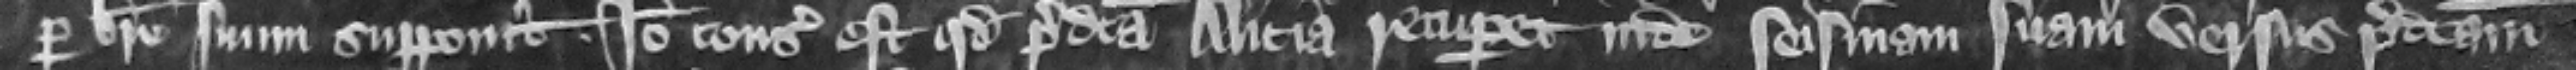
per breue suum supponit. Ideo consideratum est quod predicta Alicia recuperet inde seisinam suam versus predictam